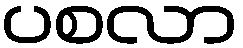
ပစလာ